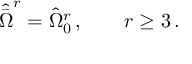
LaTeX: { \hat { \bar { \Omega } } } ^ { r } = { \hat { \Omega } } _ { 0 } ^ { r } \, , \qquad r \geq 3 \, .